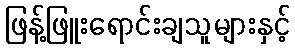
ဖြန့်ဖြူးရောင်းချသူများနှင့်